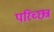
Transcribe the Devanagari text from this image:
परिच्छन्न